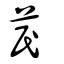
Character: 苠